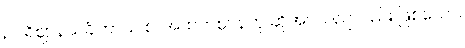
ဥပရိဈာနသင်္ခါတာယ စ၊ အထက်ဈာန်ဟု ဆိုအပ်သည်လည်း ဖြစ်သော။